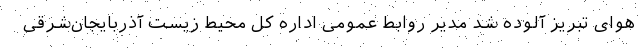
هوای تبریز آلوده شد مدیر روابط عمومی اداره کل محیط زیست آذربایجان‌شرقی